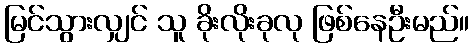
မြင်သွားလျှင် သူ ခိုးလိုးခုလု ဖြစ်နေဦးမည်။